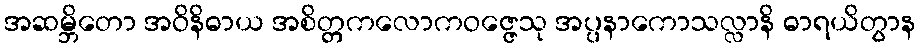
အဆမ္ဘိတော အဝိနိဓာယ အစိတ္တကလောကဝဇ္ဇေသု အပ္ပနာကောသလ္လာနိ ဓာရယိတွာန